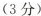
（3分）